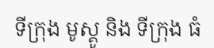
ទីក្រុង មូស្គូ និង ទីក្រុង ធំ